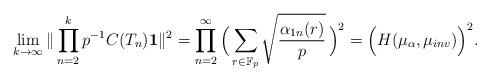
LaTeX: \begin{align*} \lim\limits_{k\to\infty}\Vert \prod_{n=2}^kp^{-1}C(T_n){\bf 1} \Vert^2= \prod_{n=2}^\infty\Big(\sum_{r\in{\mathbb F}_p} \sqrt{\frac{\alpha_{1n}(r)}{p}}\,\Big)^2=\Big(H(\mu_{\alpha},\mu_{inv})\Big)^2.\end{align*}